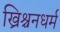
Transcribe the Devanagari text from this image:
ख्रिश्चनधर्म